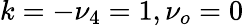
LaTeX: k=-\nu_{4}=1,\nu_{o}=0